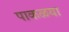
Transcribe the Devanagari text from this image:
पाकळया